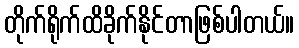
တိုက်ရိုက်ထိခိုက်နိုင်တာဖြစ်ပါတယ်။